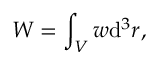
W = \int _ { V } w \mathrm { d } ^ { 3 } r ,